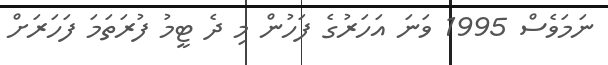
ނަމަވެސް 1995 ވަނަ އަހަރުގެ ފަހުން މި ދެ ޓީމު ފުރަތަމަ ފަހަރަށް